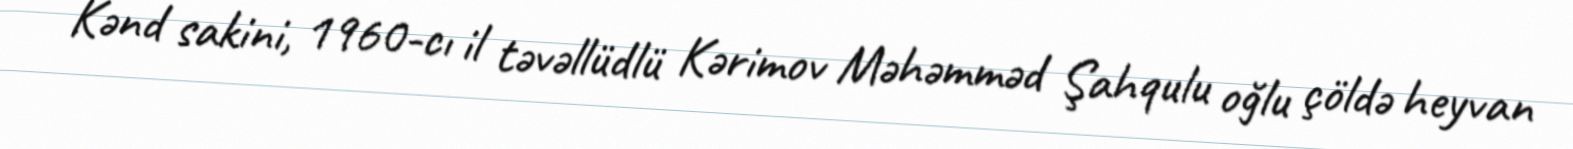
Kənd sakini, 1960-cı il təvəllüdlü Kərimov Məhəmməd Şahqulu oğlu çöldə heyvan